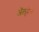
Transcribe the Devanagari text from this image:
अॅल्हेना